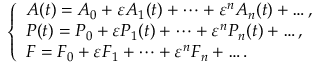
\begin{array} { r } { \left\{ \begin{array} { l l } { A ( t ) = A _ { 0 } + \varepsilon A _ { 1 } ( t ) + \dots + \varepsilon ^ { n } A _ { n } ( t ) + \dots , } \\ { P ( t ) = P _ { 0 } + \varepsilon P _ { 1 } ( t ) + \dots + \varepsilon ^ { n } P _ { n } ( t ) + \dots , } \\ { F = F _ { 0 } + \varepsilon F _ { 1 } + \dots + \varepsilon ^ { n } F _ { n } + \dots . } \end{array} \right. } \end{array}